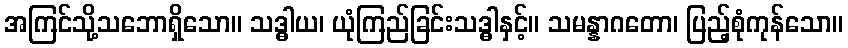
အကြင်သို့သဘောရှိသော။ သဒ္ဓါယ၊ ယုံကြည်ခြင်းသဒ္ဓါနှင့်။ သမန္နာဂတော၊ ပြည့်စုံကုန်သော။